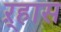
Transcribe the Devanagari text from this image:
ऱ्हास